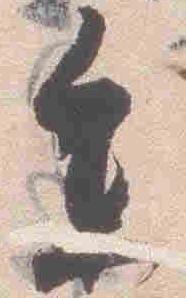
参